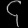
Digit: ၄